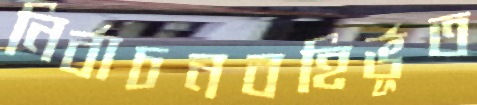
নির্বাচনবহির্ভূত